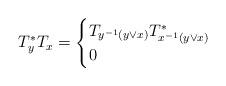
LaTeX: \begin{align*}T_y^*T_x = \begin{cases}T_{y^{-1}(y\vee x)}T^*_{x^{-1}(y\vee x)} &\\0&\end{cases}\end{align*}